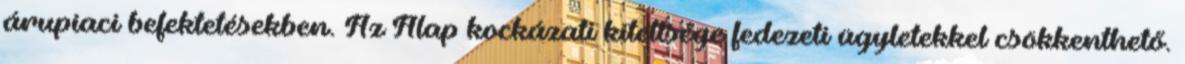
árupiaci befektetésekben. Az Alap kockázati kitettsége fedezeti ügyletekkel csökkenthető.